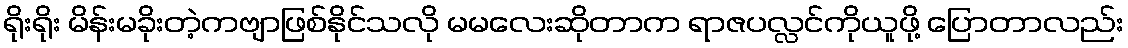
ရိုးရိုး မိန်းမခိုးတဲ့ကဗျာဖြစ်နိုင်သလို မမလေးဆိုတာက ရာဇပလ္လင်ကိုယူဖို့ ပြောတာလည်း